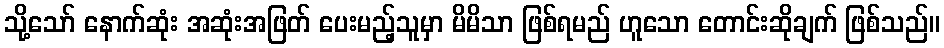
သို့သော် နောက်ဆုံး အဆုံးအဖြတ် ပေးမည့်သူမှာ မိမိသာ ဖြစ်ရမည် ဟူသော တောင်းဆိုချက် ဖြစ်သည်။